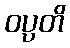
ဝပ္ပတိ